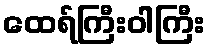
ထေရ်ကြီးဝါကြီး